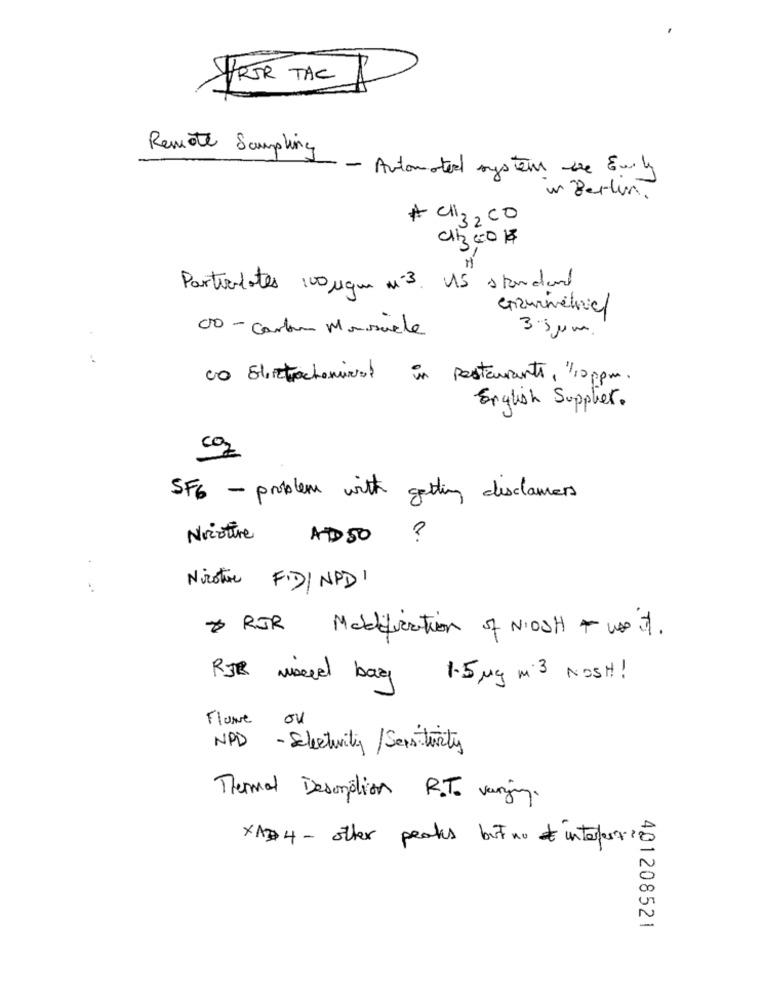
TROR TAC I
Remote Sampling
- Automated system de Emily
w Berlin.
+ Cli3, CO
Partirdotes 100 Mqm nº3. AS standard
enzurmética
00 - Carbon Mansuele
3 . jun.
in
Restaurants, "10 ppm.
English Supplier.
59
SF6 - problem with getting disclamers
Nicoture
AD 50
?
Nicotine F.D / NPD 1
* RJR Modification of NIOSH + use it
RIR mixed bag 1.5 Mg m 3 NOSH !
Flame ou
NPD - Selectivity / Sensitivity
Thermal Desorption R.To varying.
XAD4 - other peaks but no interessiã
401208521